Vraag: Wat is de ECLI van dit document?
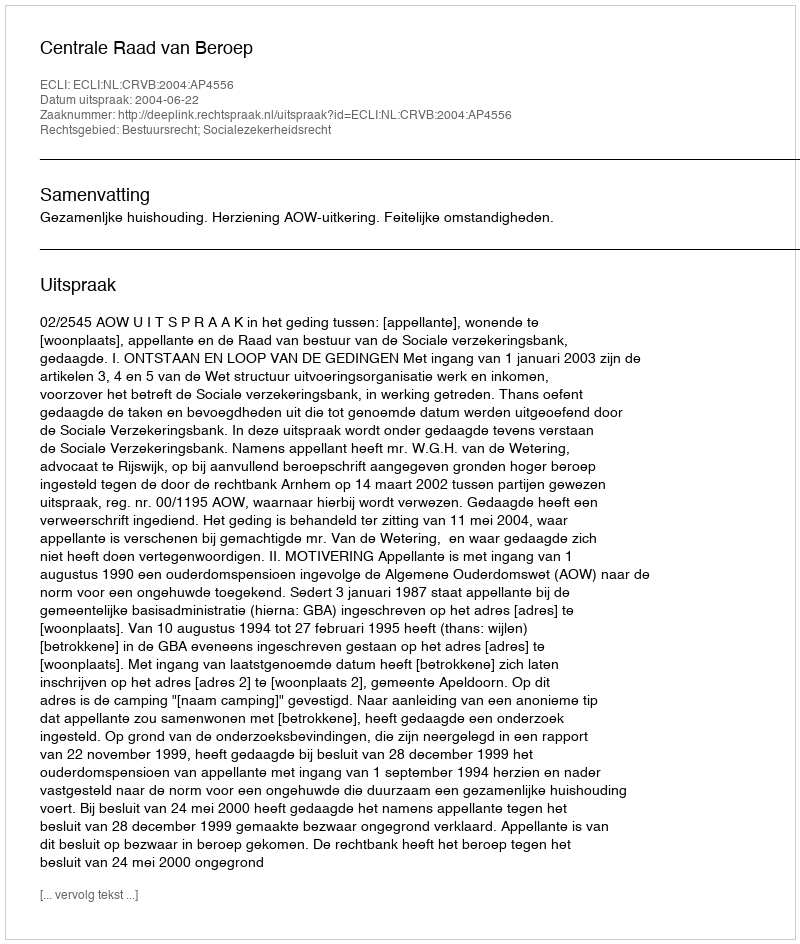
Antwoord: ECLI:NL:CRVB:2004:AP4556